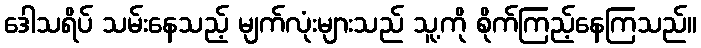
ဒေါသရိပ် သမ်းနေသည့် မျက်လုံးများသည် သူ့ကို စိုက်ကြည့်နေကြသည်။